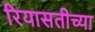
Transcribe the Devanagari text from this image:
रियासतीच्या